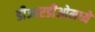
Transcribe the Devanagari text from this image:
डीआरडीओमध्ये